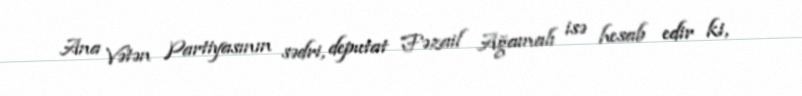
Ana Vətən Partiyasının sədri, deputat Fəzail Ağamalı isə hesab edir ki,